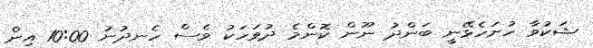
ޝަކުވާ ހުށަހެޅޭނީ ބަންދު ނޫން ކޮންމެ ދުވަހަކު ވެސް ހެނދުނު 10:00 އިން